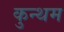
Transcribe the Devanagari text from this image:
कुन्थम